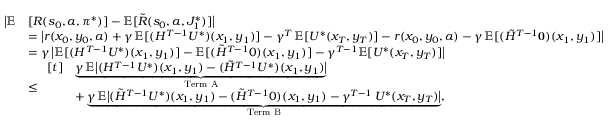
\begin{array} { r l } { \bigl | \mathbb { E } } & { [ R ( s _ { 0 } , a , \boldsymbol { \pi } ^ { * } ) ] - \mathbb { E } [ \tilde { R } ( s _ { 0 } , a , J _ { 1 } ^ { * } ) ] \bigr | } \\ & { = \bigl | r ( x _ { 0 } , y _ { 0 } , a ) + \gamma \, \mathbb { E } [ ( H ^ { T - 1 } U ^ { * } ) ( x _ { 1 } , y _ { 1 } ) ] - \gamma ^ { T } \, \mathbb { E } [ U ^ { * } ( x _ { T } , y _ { T } ) ] - r ( x _ { 0 } , y _ { 0 } , a ) - \gamma \, \mathbb { E } [ ( \tilde { H } ^ { T - 1 } \mathbf { 0 } ) ( x _ { 1 } , y _ { 1 } ) ] \bigr | } \\ & { = \gamma \, \bigl | \mathbb { E } [ ( H ^ { T - 1 } U ^ { * } ) ( x _ { 1 } , y _ { 1 } ) ] - \mathbb { E } [ ( \tilde { H } ^ { T - 1 } 0 ) ( x _ { 1 } , y _ { 1 } ) ] - \gamma ^ { T - 1 } \mathbb { E } [ U ^ { * } ( x _ { T } , y _ { T } ) ] \bigr | } \\ & { \leq \begin{array} { r l } { [ t ] } & { \underbrace { \gamma \, \mathbb { E } \bigl | ( H ^ { T - 1 } U ^ { * } ) ( x _ { 1 } , y _ { 1 } ) - ( \tilde { H } ^ { T - 1 } U ^ { * } ) ( x _ { 1 } , y _ { 1 } ) \bigr | } _ { \mathrm { T e r m ~ A } } } \\ & { + \underbrace { \gamma \, \mathbb { E } \bigl | ( \tilde { H } ^ { T - 1 } U ^ { * } ) ( x _ { 1 } , y _ { 1 } ) - ( \tilde { H } ^ { T - 1 } 0 ) ( x _ { 1 } , y _ { 1 } ) - \gamma ^ { T - 1 } \, U ^ { * } ( x _ { T } , y _ { T } ) \bigr | } _ { \mathrm { T e r m ~ B } } , } \end{array} } \end{array}